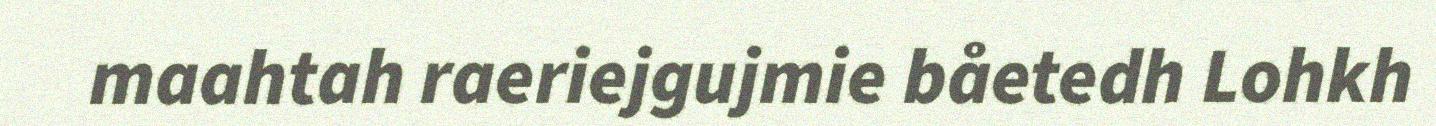
maahtah raeriejgujmie båetedh Lohkh